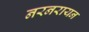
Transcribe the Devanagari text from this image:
नरनरायन